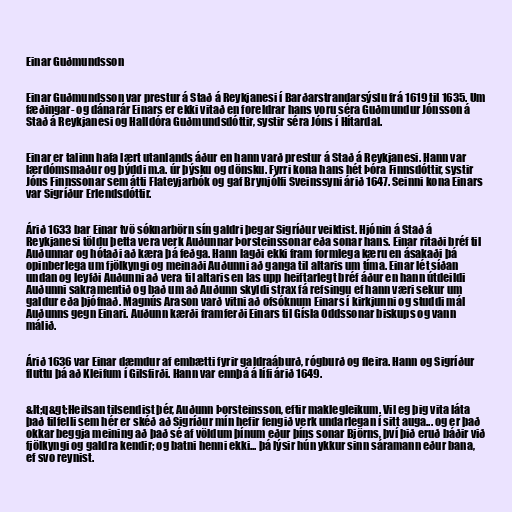
Einar Guðmundsson

Einar Guðmundsson var prestur á Stað á Reykjanesi í Barðarstrandarsýslu frá 1619 til 1635. Um
fæðingar- og dánarár Einars er ekki vitað en foreldrar hans voru séra Guðmundur Jónsson á
Stað á Reykjanesi og Halldóra Guðmundsdóttir, systir séra Jóns í Hítardal.

Einar er talinn hafa lært utanlands áður en hann varð prestur á Stað á Reykjanesi. Hann var
lærdómsmaður og þýddi m.a. úr þýsku og dönsku. Fyrri kona hans hét Þóra Finnsdóttir, systir
Jóns Finnssonar sem átti Flateyjarbók og gaf Brynjólfi Sveinssyni árið 1647. Seinni kona Einars
var Sigríður Erlendsdóttir.

Árið 1633 bar Einar tvö sóknarbörn sín galdri þegar Sigríður veiktist. Hjónin á Stað á
Reykjanesi töldu þetta vera verk Auðunnar Þorsteinssonar eða sonar hans. Einar ritaði bréf til
Auðunnar og hótaði að kæra þá feðga. Hann lagði ekki fram formlega kæru en ásakaði þá
opinberlega um fjölkyngi og meinaði Auðunni að ganga til altaris um tíma. Einar lét síðan
undan og leyfði Auðunni að vera til altaris en las upp heiftarlegt bréf áður en hann útdeildi
Auðunni sakramentið og bað um að Auðunn skyldi strax fá refsingu ef hann væri sekur um
galdur eða þjófnað. Magnús Arason varð vitni að ofsóknum Einars í kirkjunni og studdi mál
Auðunns gegn Einari. Auðunn kærði framferði Einars til Gísla Oddssonar biskups og vann
málið.

Árið 1636 var Einar dæmdur af embætti fyrir galdraáburð, rógburð og fleira. Hann og Sigríður
fluttu þá að Kleifum í Gilsfirði. Hann var ennþá á lífi árið 1649.

&lt;q&gt;Heilsan tilsendist þér, Auðunn Þorsteinsson, eftir maklegleikum. Vil eg þig vita láta
það tilfelli sem hér er skéð að Sigríður mín hefir fengið verk undarlegan í sitt auga... og er það
okkar beggja meining að það sé af völdum þínum eður þíns sonar Björns, því þið eruð báðir við
fjölkyngi og galdra kendir; og batni henni ekki... þá lýsir hún ykkur sinn sáramann eður bana,
ef svo reynist.